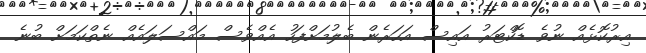
އިރުކޮޅެއް ނުވެ ޑޮކްޓަރު އައިސް އަހަރެން ބެލުމަށްފަހު އެއްވެސް މައްސަލައެއް ނެތްކަމަށް ބުނެ